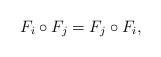
LaTeX: \begin{align*}F_i\circ F_j=F_j\circ F_i,\end{align*}